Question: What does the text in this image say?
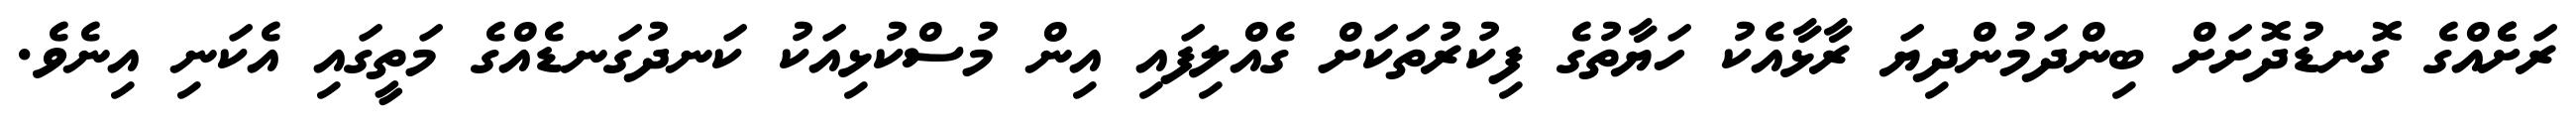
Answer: ރަށެެއްގެ ގޮނޑުދޮށަށް ބިންދަމުންދިޔަ ރާޅާއެކު ހަޔާތުގެ ފިކުރުތަކަށް ގެއްލިފައި އިން މުސްކުޅިއަކު ކަނދުގަނޑެއްގެ މަތީގައި އެކަނި އިނެވެ.